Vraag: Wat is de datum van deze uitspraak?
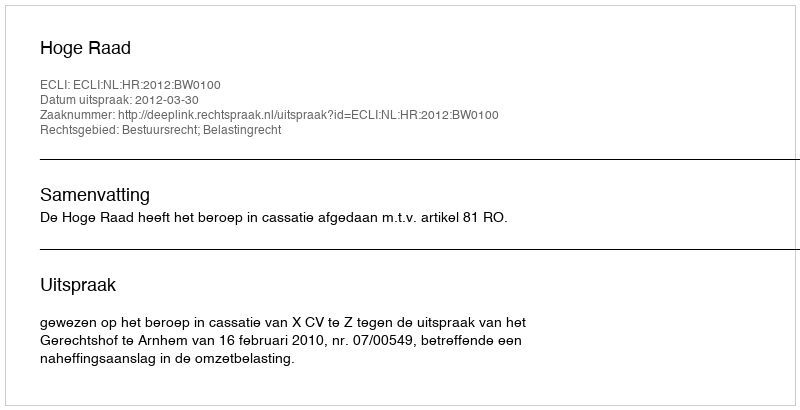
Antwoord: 2012-03-30